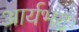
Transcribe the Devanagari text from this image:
आर्यभटः